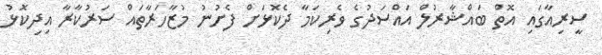
ސީރިއާގައި އޮތް ބައްޝާރުލް އައްސަދުގެ ވެރިކަމާ ދެކޮޅަށް ފެށުނު މުޒާހަރާތައް ސަރުކާރާ އިދިކޮޅު